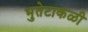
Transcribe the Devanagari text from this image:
भुतेटाकळी